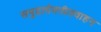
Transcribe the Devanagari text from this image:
समुद्रतोयपीतवाहन